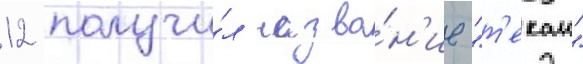
12 получи́л назва́н'ие "т'екаи"